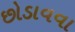
છોડાવવા